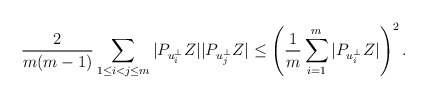
\begin{align*}\frac{2}{m(m-1)}\sum_{1\le i<j\le m}|P_{u_i^\bot}Z||P_{u_j^\bot}Z|\le\left(\frac{1}{m}\sum_{i=1}^m|P_{u_i^\bot}Z|\right)^2.\end{align*}